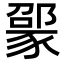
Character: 𬥃